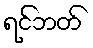
ရင်ဘတ်